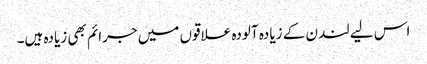
اس لیے لندن کے زیادہ آلودہ علاقوں میں جرائم بھی زیادہ ہیں۔